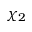
\chi _ { 2 }